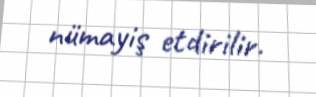
nümayiş etdirilir.